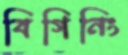
বিগিনিং